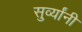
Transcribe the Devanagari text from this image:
सुर्व्यांनी